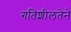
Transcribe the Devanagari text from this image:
गतिशीलतेने